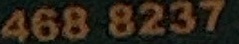
468 8237